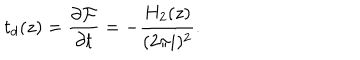
t _ { d } ( z ) = \frac { \partial { \cal F } } { \partial t } = - \frac { H _ { 2 } ( z ) } { ( 2 \pi i ) ^ { 2 } } .